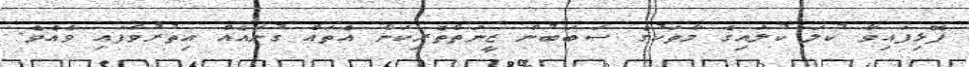
ފޮޅިފައިވާ ކުލަ ކުލައިގެ މާތަކުގެ ސަބަބުން ޒީނަތްތެރިކަން އެތައް ގުނައެއް އިތުރުވެފައި ވެއެވެ.